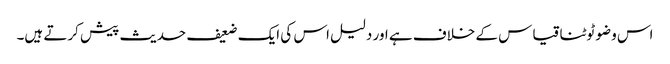
اس وضو ٹوٹنا قیاس کے خلاف ہے اور دلیل اس کی ایک ضعیف حدیث پیش کرتے ہیں۔